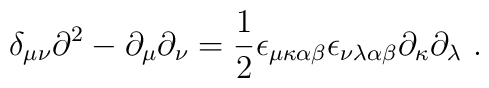
\delta_{\mu \nu } \partial^{2} - \partial_{\mu } \partial_{\nu }=\frac{1}{2} \epsilon_{\mu \kappa \alpha \beta }\epsilon_{\nu \lambda \alpha \beta }\partial_{\kappa } \partial_{\lambda } \ .